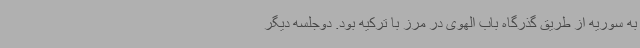
به سوریه از طریق گذرگاه باب الهوی در مرز با ترکیه بود. دوجلسه دیگر